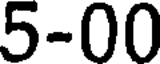
5-00